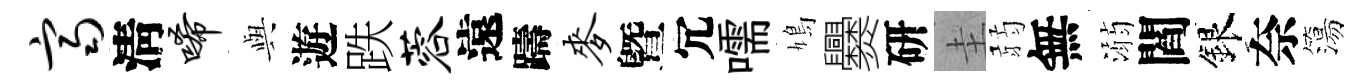
齐淸唏𫤰遊跌蓉遠躊麦曁冗嚅鳩爨研圭弱無溺閻銀奈簜